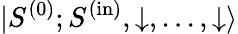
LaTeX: {|S^{(0)};S^{(\mathrm{in})},\downarrow,...,\downarrow\rangle}